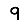
Digit: 9